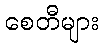
စေတီများ